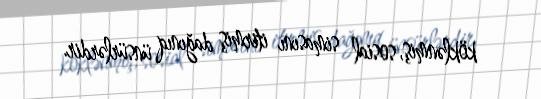
köklənmiş, sosial simasını itirmiş dağınıq ünsürlərdir.